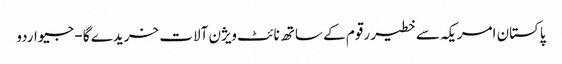
پاکستان امریکہ سے خطیر رقوم کے ساتھ نائٹ ویژن آلات خریدے گا - جیو اردو